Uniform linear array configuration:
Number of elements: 64
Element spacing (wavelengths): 0.75
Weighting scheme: blackman
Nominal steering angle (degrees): -15
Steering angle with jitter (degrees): -16.927
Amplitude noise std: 0.05
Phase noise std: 0.05

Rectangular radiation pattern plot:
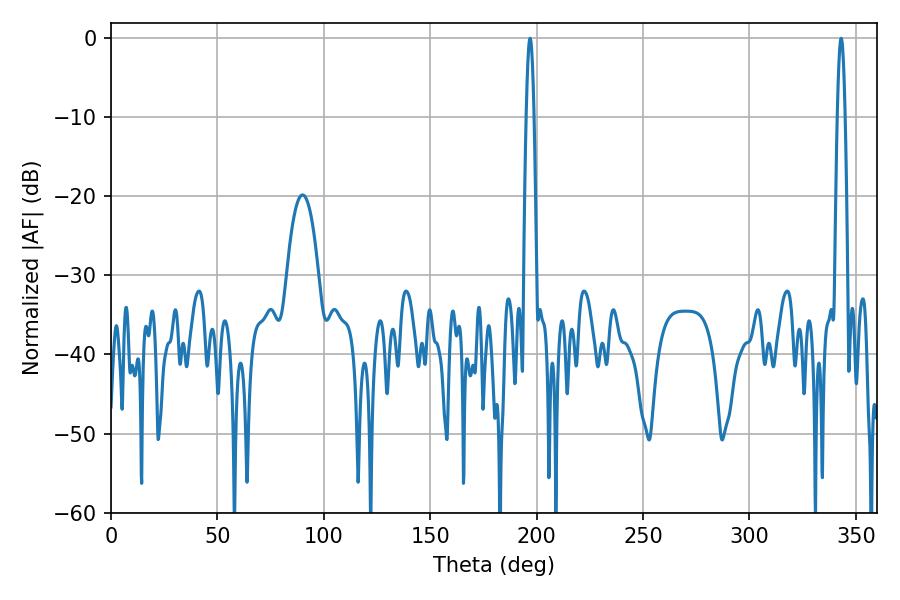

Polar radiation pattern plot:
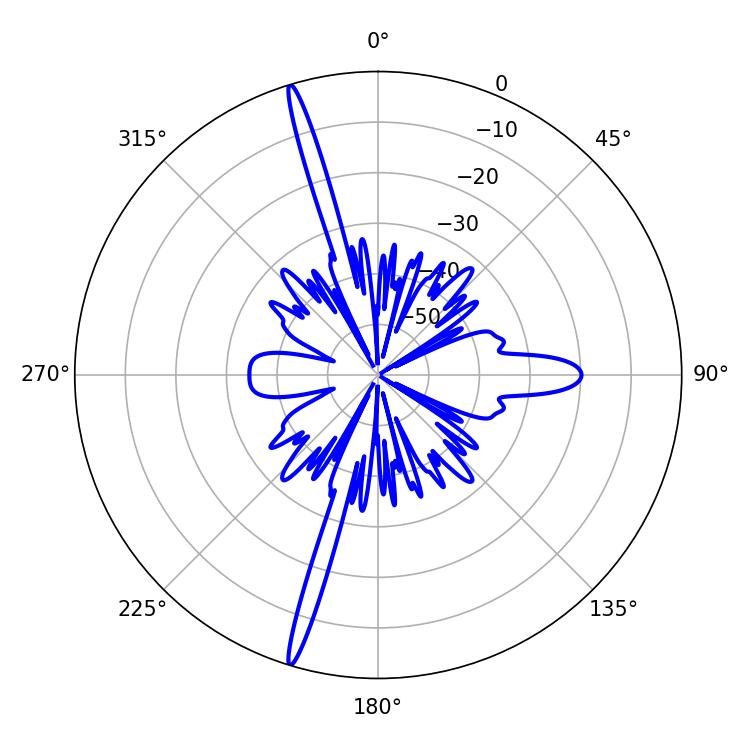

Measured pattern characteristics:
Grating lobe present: TRUE
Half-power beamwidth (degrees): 1.8
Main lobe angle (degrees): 343.08